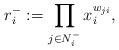
LaTeX: \begin{align*}r_i^-:=\prod_{j\in N_i^-}x_i^{w_{ji}},\end{align*}